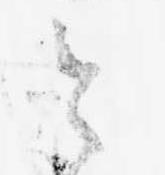
と